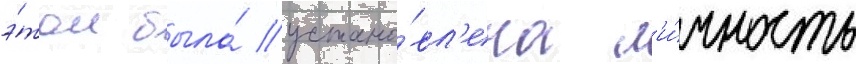
э́том была́ устано́вл'ена л'и́чность